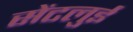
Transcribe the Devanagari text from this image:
सेंटलुई